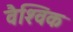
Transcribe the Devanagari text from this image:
वैश्‍िवक